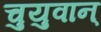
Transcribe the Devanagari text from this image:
चुयुवान्